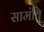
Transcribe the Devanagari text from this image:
सामंति